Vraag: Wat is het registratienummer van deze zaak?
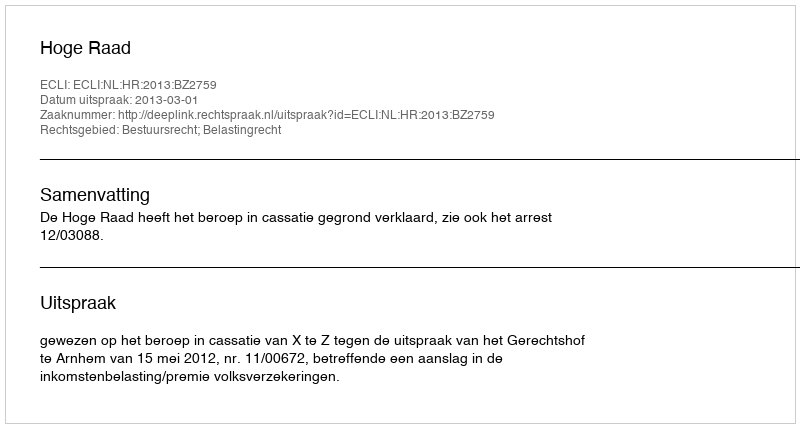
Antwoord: http://deeplink.rechtspraak.nl/uitspraak?id=ECLI:NL:HR:2013:BZ2759